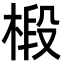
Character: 椴